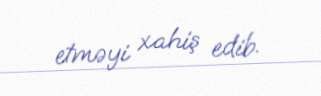
etməyi xahiş edib.